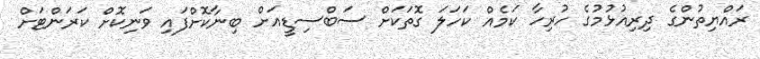
ރައްޔިތުންގެ ދިރިއުޅުމުގެ ހުރިހާ ކަމެއް ކަހަލަ ގޮތަކަށް ސަބްސިޑީއަށް ބިނާކޮށްފައި ވަނިކޮށް ކަރަންޓަށް